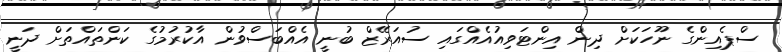
ސްޕެއިންގެ ނޫހަކަށް ދިން އިންޓަވިއުއެއްގައި ސުއަރޭޒް ބުނީ އެއްބަސްވުން އާކުރުމުގެ ކަންތައްތަށް ދަނީ